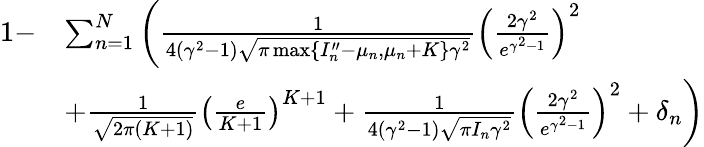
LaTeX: \begin{array}{rl}{1-}&{\sum_{n=1}^{N}\left(\frac{1}{4(\gamma^{2}-1)\sqrt{\pi\operatorname*{max}\{ I_{n}^{\prime\prime}-\mu_{n},\mu_{n}+K\} \gamma^{2}}}\left(\frac{2\gamma^{2}}{e^{\gamma^{2}-1}}\right)^{2}\right.}\\ &{\left.+\frac{1}{\sqrt{2\pi(K+1)}}\left(\frac{e}{K+1}\right)^{K+1}+\frac{1}{4(\gamma^{2}-1)\sqrt{\pi I_{n}\gamma^{2}}}\left(\frac{2\gamma^{2}}{e^{\gamma^{2}-1}}\right)^{2}+\delta_{n}\right)}\end{array}